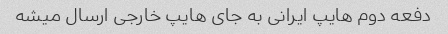
دفعه دوم هایپ ایرانی به جای هایپ خارجی ارسال میشه